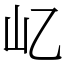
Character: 𡴭